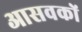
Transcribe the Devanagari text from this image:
आसवकों